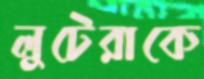
লুটেরাকে